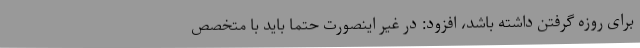
برای روزه گرفتن داشته باشد، افزود: در غیر اینصورت حتما باید با متخصص